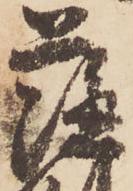
薩